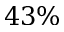
4 3 \%